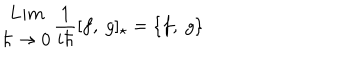
LaTeX: \begin{array} { c } { { L i m } } \\ { { \hbar \rightarrow 0 } } \\ \end{array} \frac { 1 } { i \hbar } [ f , ~ g ] _ { \star } = \{ f , ~ g \}